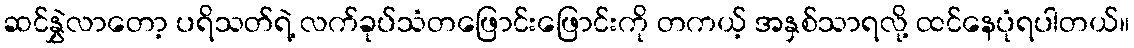
ဆင်နွှဲလာတော့ ပရိသတ်ရဲ့ လက်ခုပ်သံတဖြောင်းဖြောင်းကို တကယ့် အနှစ်သာရလို့ ထင်နေပုံရပါတယ်။